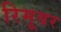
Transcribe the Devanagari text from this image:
रिमूवर